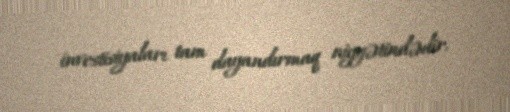
investisiyaları tam dayandırmaq niyyətindədir.